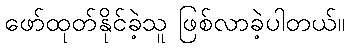
ဖော်ထုတ်နိုင်ခဲ့သူ ဖြစ်လာခဲ့ပါတယ်။